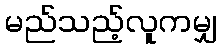
မည်သည့်လူကမျှ